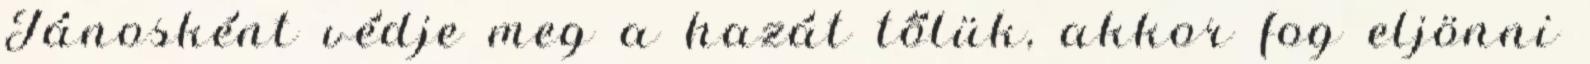
Jánosként védje meg a hazát tőlük, akkor fog eljönni